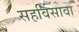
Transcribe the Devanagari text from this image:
सहविसावा